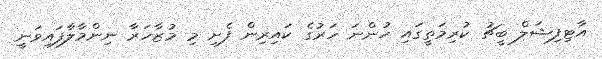
އާޓިފިޝަލް ބީޗު ކުރިމަތީގައި ހުންނަ ހަރުގެ ކައިރިން ފެށި މި މުޒާހަރާ ނިންމާލާފައިވަނީ